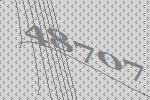
48707